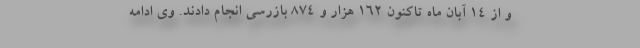
و از ۱۴ آبان ماه تاکنون ۱۶۲ هزار و ۸۷۴ بازرسی انجام دادند. وی ادامه